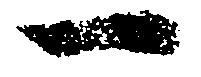
一